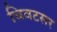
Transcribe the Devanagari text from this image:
चिवटसर